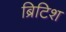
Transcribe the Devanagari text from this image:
ब्रिटिश